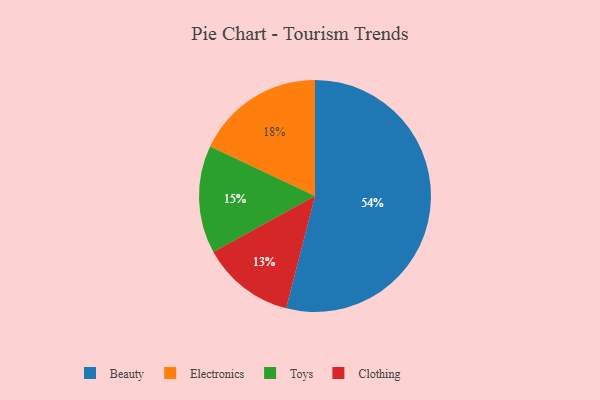
{"axis": {"x": "Category", "y": "Percentage"}, "legend": ["Beauty", "Clothing", "Electronics", "Toys"], "data": [{"x": "Beauty", "y": 54, "type": "Beauty"}, {"x": "Clothing", "y": 13, "type": "Clothing"}, {"x": "Toys", "y": 15, "type": "Toys"}, {"x": "Electronics", "y": 18, "type": "Electronics"}]}